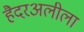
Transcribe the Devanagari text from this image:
हैदरअलीला